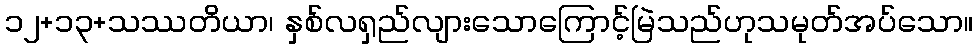
၁၂+၁၃+သဿတိယာ၊ နှစ်လရှည်လျားသောကြောင့်မြဲသည်ဟုသမုတ်အပ်သော။